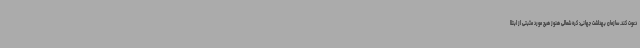
دعوت کند. سازمان بهداشت جهانی: کره شمالی هنوز هیچ مورد مثبتی از ابتلا